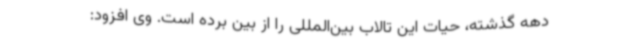
دهه گذشته، حیات این تالاب بین‌المللی را از بین برده است. وی افزود: